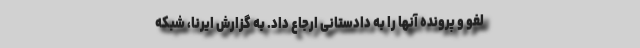
لغو و پرونده آنها را به دادستانی ارجاع داد. به گزارش ایرنا، شبکه